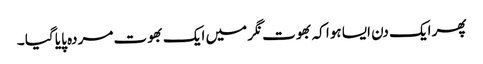
پھر ایک دن ایسا ہوا کہ بھوت نگر میں ایک بھوت مردہ پایا گیا ۔